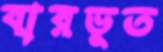
বারভূত